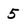
Character: 5